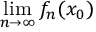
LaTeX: \operatorname* { l i m } _ { n \to \infty } f _ { n } ( x _ { 0 } )